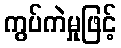
ကွပ်ကဲမှုဖြင့်